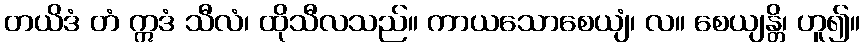
တယိဒံ တံ ဣဒံ သီလံ၊ ထိုသီလသည်။ ကာယသောစေယျံ၊ လ။ စေယျန္တိ၊ ဟူ၍။